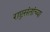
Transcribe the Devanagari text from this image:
राष्ट्रसंतांच्या